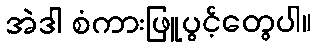
အဲဒါ စံကားဖြူပွင့်တွေပါ။